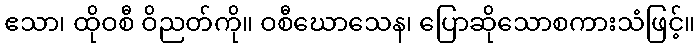
ဧသာ၊ ထိုဝစီ ဝိညတ်ကို။ ဝစီဃောသေန၊ ပြောဆိုသောစကားသံဖြင့်။